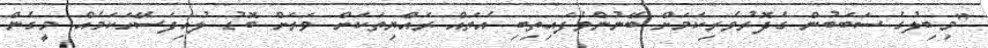
"މިބިލުގެ ސަބަބުން ގެދޮރުވެރިކަމަށް ބޭނުންވެފައިތިބި އެތައް ރައްޔިތަކަށް ވަރަށް ބޮޑު ލުއިފަސޭހަކަމެއް މީގެން